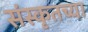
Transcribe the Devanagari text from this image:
संस्‍कृतच्या